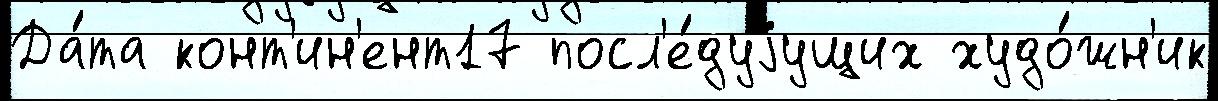
Да́та конт'ин'ент17 посл'е́дуjущих худо́жн'ик